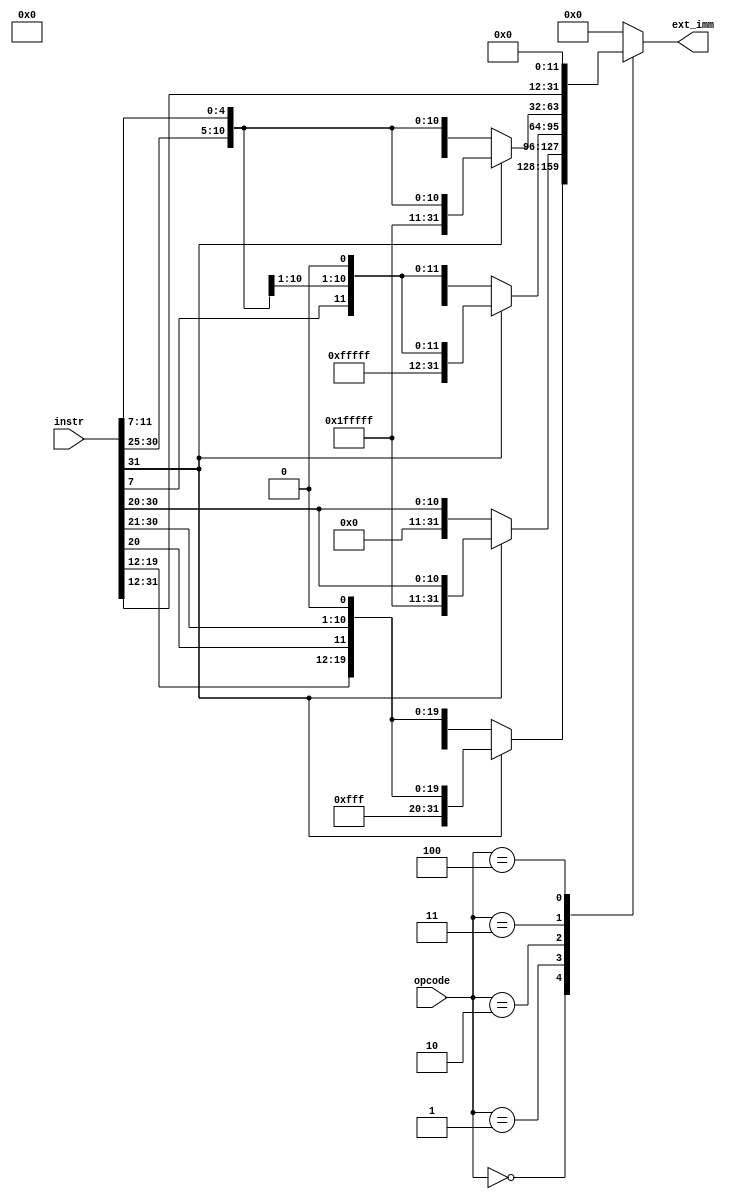
`timescale 1ns / 1ps


// Immediate Extender
module ImmExt(
    input wire [2:0] opcode,
    input wire [31:0] instr,
    output wire [31:0] ext_imm
    );
    
    reg [31:0] imm;
    wire [11:0] immi;
    wire [11:0] imms; 
    wire [12:1] immb;
    wire [20:1] immj;
    wire [31:12] immu;

    assign immi = instr[31:20];
    assign immj = {instr[31],instr[19:12], instr[20], instr[30:21]};
    assign immb = {instr[31], instr[7], instr[30:25], instr[11:8]};
    assign imms = {instr[31:25], instr[11:7]};
    assign immu = instr[31:12];
    
    always@(*) begin
   
        case (opcode)
            3'd0: begin     // J-TYPE 
                if (immj[20] ==1)
                    imm<= {11'b11111111111, immj[20:1], 1'b0};
                else
                    imm <= {11'd0 , immj[20:1], 1'b0};
            end
            3'd1: begin     // I-TYPE    
                if(immi[11]==1)
                    imm <= {20'b11111111111111111111,immi[11:0]};
                else
                    imm <= {20'd0,immi[11:0]};
            end
            3'd2: begin     // B-TYPE     
                if (immb[12]==1)
                    imm <= {19'b1111111111111111111,immb[12:1], 1'b0};
                else
                    imm <= {19'd0,immb[12:1], 1'b0};
            end
            3'd3: begin     //S-TYPE
                if(imms[11]==1)
                    imm <= {20'b11111111111111111111,imms[11:0]};
                else
                    imm <= {20'd0,imms[11:0]};
            end
            3'd4: begin     //U-TYPE
                imm <= {immu[31:12], 12'd0};
            end
            default:
                imm <= 0;
        endcase
    end

    assign ext_imm = imm;

endmodule